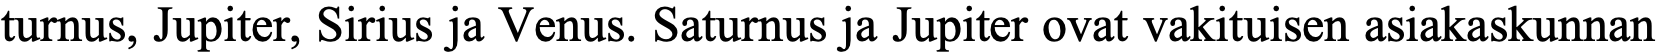
turnus, Jupiter, Sirius ja Venus. Saturnus ja Jupiter ovat vakituisen asiakaskunnan